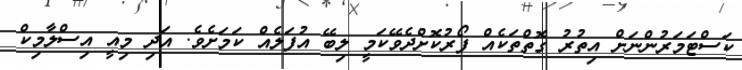
ކަސްޓަމަރުންނަށް އިތުރު ގޮތްތަކެއް ފޯރުކޮށްދެވޭކަމީ ލިބޭ އުފަލެއް ކަމަށެވެ. އަދި މިއީ އިސްލާމިކް